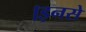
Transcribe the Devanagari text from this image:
।इनसे